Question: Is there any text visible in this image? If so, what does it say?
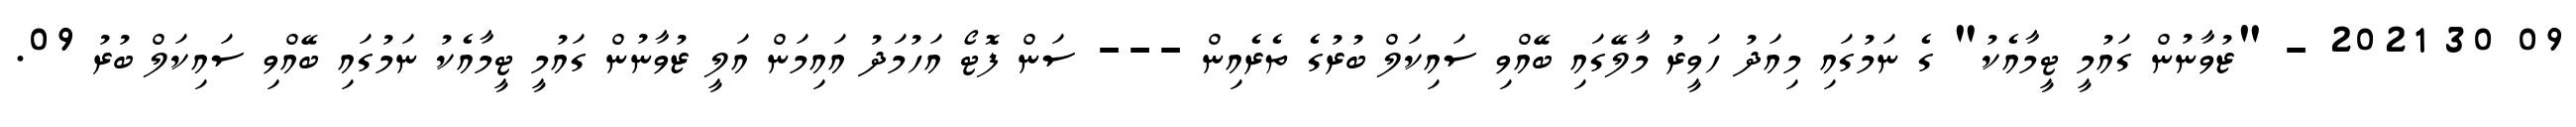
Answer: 09 30 2021 - "ޒުވާނުން ގައުމީ ޓީމާއެކު" ގެ ނަމުގައި މިއަދު ހަވީރު މާލޭގައި ބޭއްވި ސައިކަލް ބުރުގެ ތެރެއިން --- ސަން ފޮޓޯ އަހުމަދު އައިމަން އަލީ ޒުވާނުން ގައުމީ ޓީމާއެކު ނަމުގައި ބޭއްވި ސައިކަލް ބުރު 09.